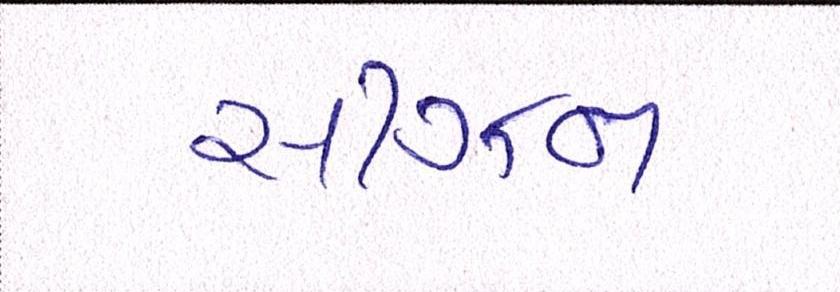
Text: સીઝન